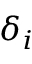
\delta _ { i }